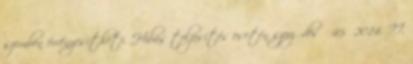
szemben érvényesítheti. Hibás teljesítés esetén szerződés 45 2014. II.